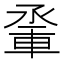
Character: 𨋬